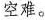
空难。